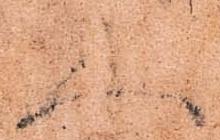
人